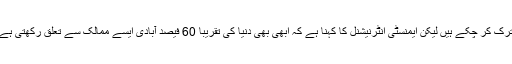
گو کہ اس وقت دنیا کے زیادہ ممالک سزائے موت کو ترک کر چکے ہیں لیکن ایمنسٹی انٹرنیشنل کا کہنا ہے کہ ابھی بھی دنیا کی تقریباً 60 فیصد آبادی ایسے ممالک سے تعلق رکھتی ہے جہاں سزائے موت کو تاحال قانونی حیثیت حاصل ہے۔